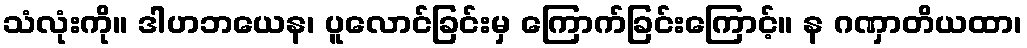
သံလုံးကို။ ဒါဟဘယေန၊ ပူလောင်ခြင်းမှ ကြောက်ခြင်းကြောင့်။ န ဂဏှာတိယထာ၊